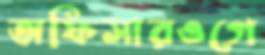
অফিসারওগে